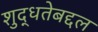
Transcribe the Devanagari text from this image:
शुद्धतेबद्दल